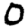
Digit: 0